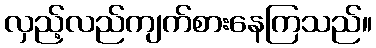
လှည့်လည်ကျက်စားနေကြသည်။